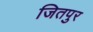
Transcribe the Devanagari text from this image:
जितपुर